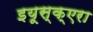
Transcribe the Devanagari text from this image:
इयूस्क्एरा